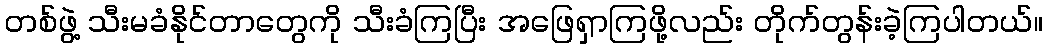
တစ်ဖွဲ့ သီးမခံနိုင်တာတွေကို သီးခံကြပြီး အဖြေရှာကြဖို့လည်း တိုက်တွန်းခဲ့ကြပါတယ်။